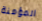
المؤمنة